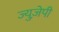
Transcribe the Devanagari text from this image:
ज्युज़ेपी